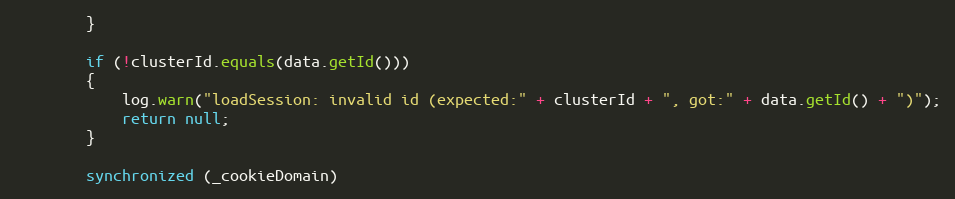
Language: Java
        }

        if (!clusterId.equals(data.getId()))
        {
            log.warn("loadSession: invalid id (expected:" + clusterId + ", got:" + data.getId() + ")");
            return null;
        }

        synchronized (_cookieDomain)